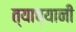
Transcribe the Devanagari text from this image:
त्याच्यानी